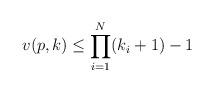
LaTeX: \begin{align*}v(p, k) \leq \prod_{i=1}^N (k_i+1) - 1\end{align*}